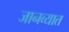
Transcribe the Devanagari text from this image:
जानव्यात